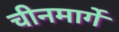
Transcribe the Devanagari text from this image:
चीनमार्गे